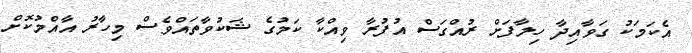
އެކަމަކު ގަވާއިދާ ހިލާފަށް ރުއްގަސް އުފުރާ ވިއްކާ ކަމުގެ ޝަކުވާތައްވެސް މިހާރު އާއްމުކޮށް